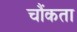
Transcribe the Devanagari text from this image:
चौंकता